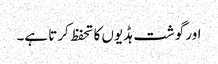
اور گوشت ہڈیوں کا تحفظ کرتا ہے۔